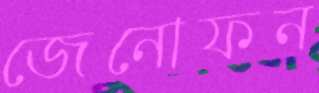
জেনোফন